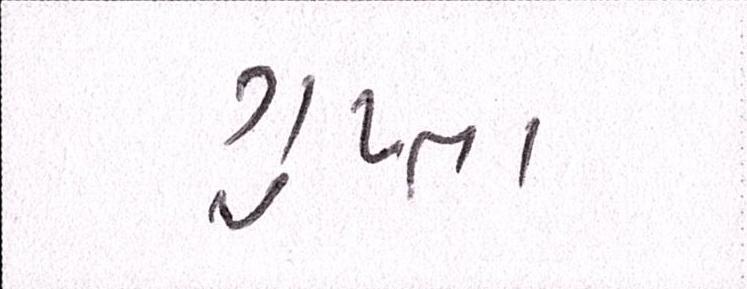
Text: ગુપ્તા